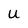
Character: U